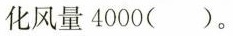
化风量4000( )。